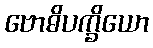
ဗောဓိပက္ခိယော